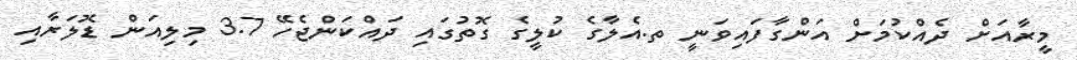
މީރާއަށް ދެއްކުމަށް އަންގާފައިވަނީ ތ.އެލާގެ ކުލީގެ ގޮތުގައި ދައްކަންޖެހޭ 3.7 މިލިއަން ޑޮލަރާއި